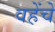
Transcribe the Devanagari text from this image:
वहेंचे